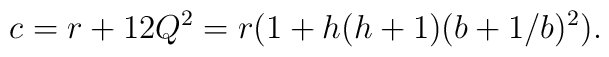
c=r+12Q^2=r(1+h(h+1)(b+1/b)^2).